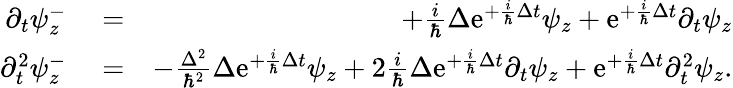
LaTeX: \begin{array}{rlr}{\partial_{t}\psi_{z}^{-}}&{{}=}&{+\frac{i}{\hbar}\Delta\mathrm{e}^{+\frac{i}{\hbar}\Delta t}\psi_{z}+\mathrm{e}^{+\frac{i}{\hbar}\Delta t}\partial_{t}\psi_{z}}\\ {\partial_{t}^{2}\psi_{z}^{-}}&{{}=}&{-\frac{\Delta^{2}}{\hbar^{2}}\Delta\mathrm{e}^{+\frac{i}{\hbar}\Delta t}\psi_{z}+2\frac{i}{\hbar}\Delta\mathrm{e}^{+\frac{i}{\hbar}\Delta t}\partial_{t}\psi_{z}+\mathrm{e}^{+\frac{i}{\hbar}\Delta t}\partial_{t}^{2}\psi_{z}.}\end{array}